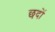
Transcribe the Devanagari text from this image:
छदों